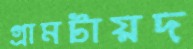
গ্রামটায়দ